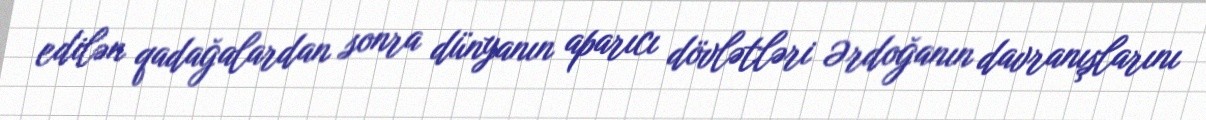
edilən qadağalardan sonra dünyanın aparıcı dövlətləri Ərdoğanın davranışlarını